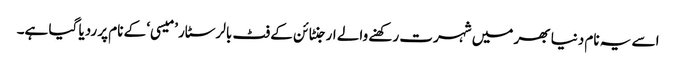
اسے یہ نام دنیا بھر میں شہرت رکھنے والے ارجنٹائن کے فٹ بالر سٹار ’میسی‘ کے نام پر ردیا گیا ہے۔